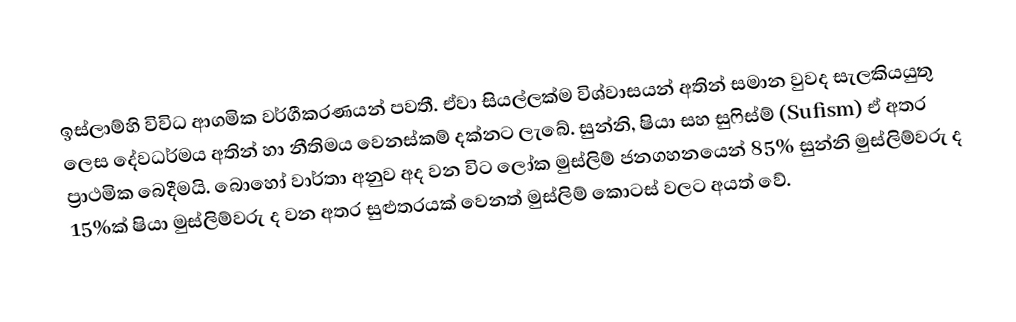
ඉස්ලාම්හි විවිධ ආගමික වර්ගීකරණයන් පවතී. ඒවා සියල්ලක්ම විශ්වාසයන් අතින් සමාන වුවද සැලකියයුතු ලෙස දේවධර්මය අතින් හා නීතිමය වෙනස්කම් දක්නට ලැබේ. සුන්නි, ෂියා සහ සුෆිස්ම් (Sufism) ඒ අතර ප්‍රාථමික බෙදීමයි. බොහෝ වාර්තා අනුව අද වන විට ලෝක මුස්ලිම් ජනගහනයෙන් 85% සුන්නි මුස්ලිම්වරු ද 15%ක් ෂියා මුස්ලිම්වරු ද වන අතර සුළුතරයක් වෙනත් මුස්ලිම් කොටස් වලට අයත් වේ.